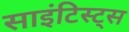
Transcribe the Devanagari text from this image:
साइंटिस्ट्स